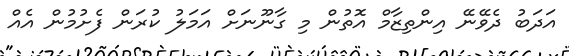
އަދަބު ދެވޭނޭ އިންތިޒާމް އޮތުން މި ގާނޫނަށް އަމަލު ކުރަން ފެށުމުން އެއް